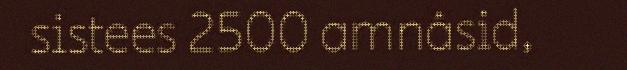
sistees 2500 amnâsid,